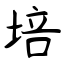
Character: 培